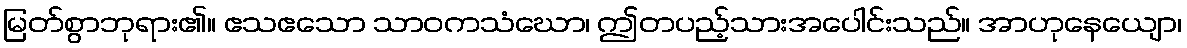
မြတ်စွာဘုရား၏။ ဧသဧသော သာဝကသံဃော၊ ဤတပည့်သားအပေါင်းသည်။ အာဟုနေယျော၊